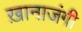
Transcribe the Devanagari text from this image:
ख़ानाजंगी